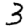
Digit: 3